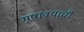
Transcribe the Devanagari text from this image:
भूषावयाची